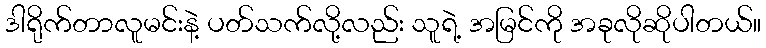
ဒါရိုက်တာလူမင်းနဲ့ ပတ်သက်လို့လည်း သူရဲ့ အမြင်ကို အခုလိုဆိုပါတယ်။